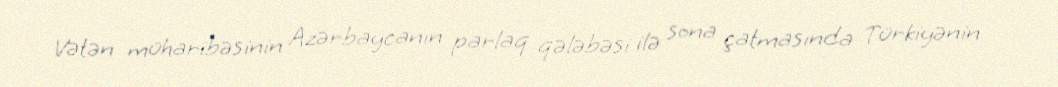
Vətən müharibəsinin Azərbaycanın parlaq qələbəsi ilə sona çatmasında Türkiyənin